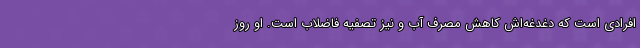
افرادی است که دغدغه‌اش کاهش مصرف آب و نیز تصفیه فاضلاب است. او روز